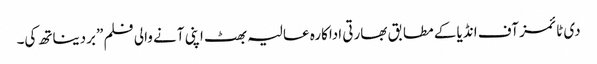
دی ٹائمز آف انڈیا کے مطابق بھارتی اداکارہ عالیہ بھٹ اپنی آنے والی فلم ”بردیناتھ کی۔